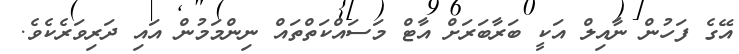
އޭގެ ފަހުން ނާއިލް އަކީ ބަރާބަރަށް އާޓް މަސައްކަތްތައް ނިންމަމުން އައި ދަރިވަރެކެވެ.